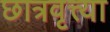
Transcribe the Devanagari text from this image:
छात्रवृत्त्या